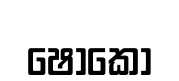
ෂොකෝ